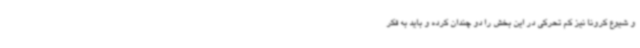
و شیوع کرونا نیز کم تحرکی در این بخش را دو چندان کرده و باید به فکر